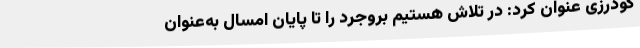
گودرزی عنوان کرد: در تلاش هستیم بروجرد را تا پایان امسال به‌عنوان